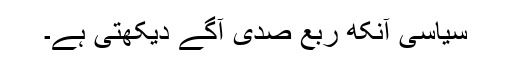
سیاسی آنکھ ربع صدی آگے دیکھتی ہے۔